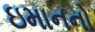
ઇમાનનો